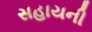
સહાયની